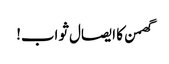
گھمن کا ایصال ثواب!